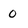
Character: o